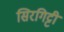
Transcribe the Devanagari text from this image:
सिरगिट्टी